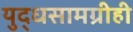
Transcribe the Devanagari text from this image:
युद्धसामग्रीही